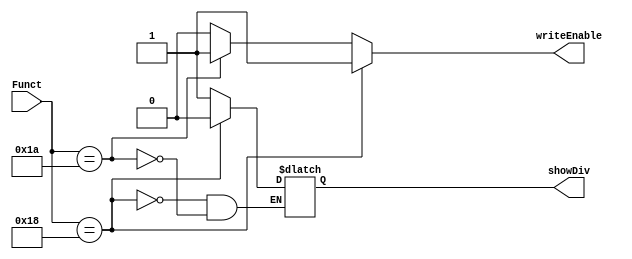
module writeEnableMult (
	input wire [5:0] Funct,
	output reg writeEnable,
	output reg showDiv
);

initial begin
	writeEnable <= 0;
	showDiv <= 0;
	end

always @ (Funct)
	if (Funct == 6'b011000)begin
		writeEnable <= 1;
		showDiv <= 0;
		end
	else if (Funct == 6'b011010)begin
		writeEnable <= 1;
		showDiv <= 1;
		end
	else
		writeEnable <= 0;


endmodule